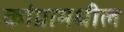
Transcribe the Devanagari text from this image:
कांग्रामधील